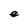
Character: e